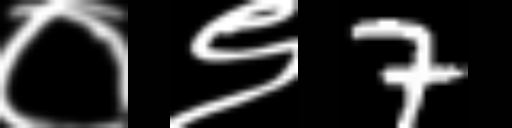
Text: ०९7